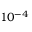
1 0 ^ { - 4 }